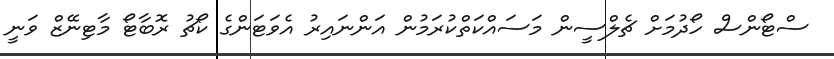
ސްޓޯންސް ހޯދުމަށް ޗެލްސީން މަސައްކަތްކުރަމުން އަންނައިރު އެވަޓަންގެ ކޯޗު ރޮބާޓޯ މާޓިނޭޒް ވަނީ